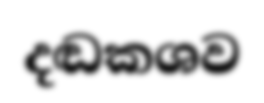
දඬකශව